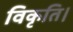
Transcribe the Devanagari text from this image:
विकृति।